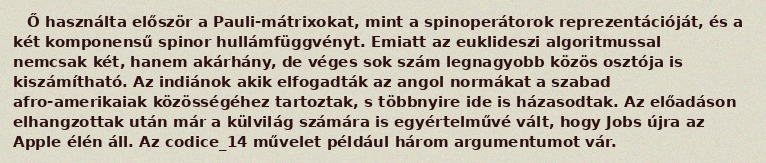
Ő használta először a Pauli-mátrixokat, mint a spinoperátorok reprezentációját, és a két komponensű spinor hullámfüggvényt. Emiatt az euklideszi algoritmussal nemcsak két, hanem akárhány, de véges sok szám legnagyobb közös osztója is kiszámítható. Az indiánok akik elfogadták az angol normákat a szabad afro-amerikaiak közösségéhez tartoztak, s többnyire ide is házasodtak. Az előadáson elhangzottak után már a külvilág számára is egyértelművé vált, hogy Jobs újra az Apple élén áll. Az codice_14 művelet például három argumentumot vár.